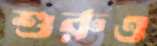
শুরুও